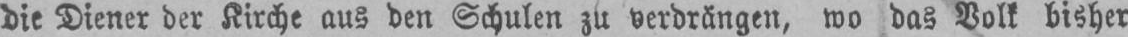
die Diener der Kirche aus den Schulen zu verdrängen, wo das Volk bisher